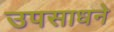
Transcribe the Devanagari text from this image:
उपसाधने